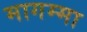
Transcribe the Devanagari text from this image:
मागम्मा